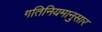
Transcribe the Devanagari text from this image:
गतिनियमानुसार